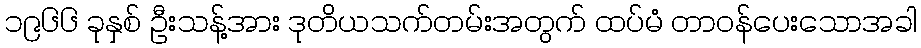
၁၉၆၆ ခုနှစ် ဦးသန့်အား ဒုတိယသက်တမ်းအတွက် ထပ်မံ တာဝန်ပေးသောအခါ